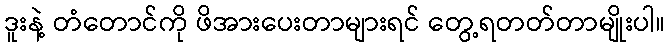
ဒူးနဲ့ တံတောင်ကို ဖိအားပေးတာများရင် တွေ့ရတတ်တာမျိုးပါ။